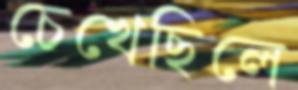
চেখেছিলে